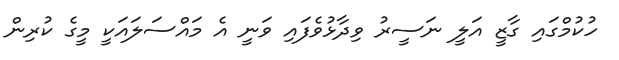
ހުކުމްގައި ގާޒީ އަލީ ނަސީރު ވިދާޅުވެފައި ވަނީ އެ މައްސަލައަކީ މީގެ ކުރިން